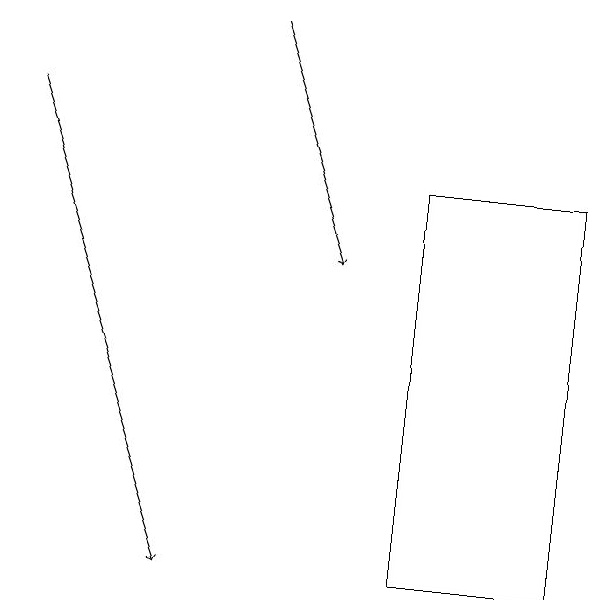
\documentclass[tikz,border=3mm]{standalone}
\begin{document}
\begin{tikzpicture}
\draw[->] (4,19) -- (5,16);
\draw[->] (1,18) -- (3,12);
\draw (6,12) rectangle (8,17);
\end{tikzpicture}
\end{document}